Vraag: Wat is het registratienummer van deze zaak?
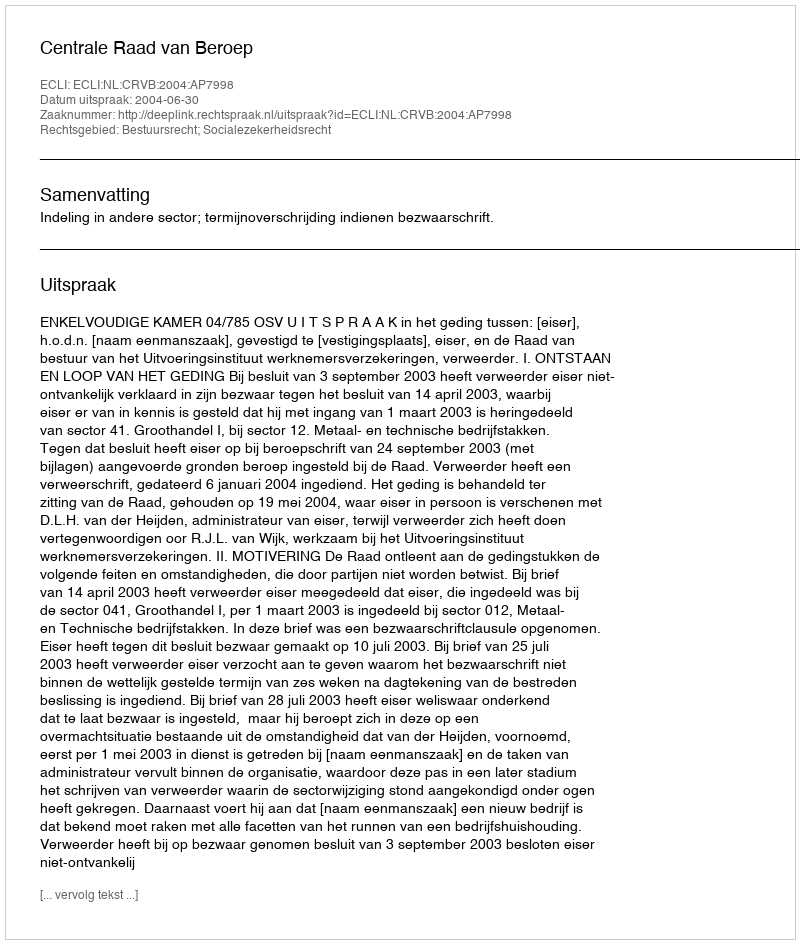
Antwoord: http://deeplink.rechtspraak.nl/uitspraak?id=ECLI:NL:CRVB:2004:AP7998